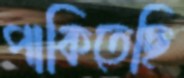
পাকিতেছি